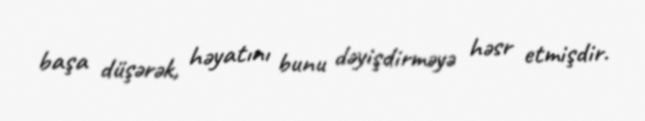
başa düşərək, həyatını bunu dəyişdirməyə həsr etmişdir.